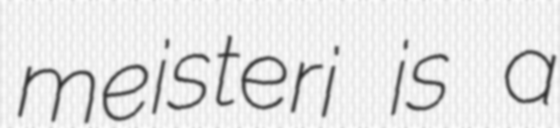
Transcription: meisteri is a